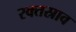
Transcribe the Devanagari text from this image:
रक्‍तस्राव